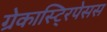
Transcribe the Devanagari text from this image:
ग्रेकास्टि्रपेसस